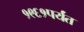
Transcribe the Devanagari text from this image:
१९६१पर्यंत